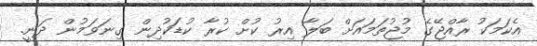
އެކަމަކު ރާއްޖޭގެ މުޖުތަމައަށް ބަލާ އިރު ކުށް ކުރާ ކުޑަކުދިން ގިނަވަމުން ދަނީ.